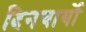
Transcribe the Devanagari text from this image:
दिनचार्यो